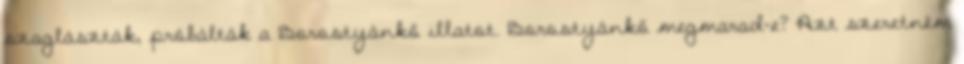
szaglászták, próbálták a Borostyánkő illatot. Borostyánkő megmarad-e? Azt szeretném